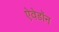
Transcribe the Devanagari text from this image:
ऐवेडॉन